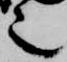
也